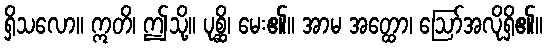
ရှိသလော။ ဣတိ၊ ဤသို့။ ပုစ္ဆိ၊ မေး၏။ အာမ အတ္ထော၊ ဩော်အလိုရှိ၏။